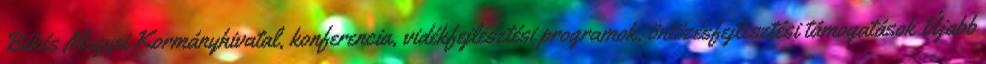
Békés Megyei Kormányhivatal, konferencia, vidékfejlesztési programok, öntözésfejlesztési támogatások Újabb